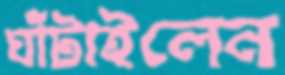
ঘাঁটাইলেন